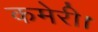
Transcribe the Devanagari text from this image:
कमेरी।